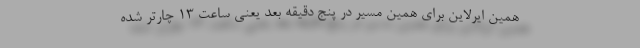
همین ایرلاین برای همین مسیر در پنج دقیقه بعد یعنی ساعت ۱۳ چارتر شده